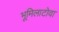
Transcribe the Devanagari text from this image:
भूमिलाटोवा